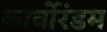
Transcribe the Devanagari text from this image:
कार्वोरंडम